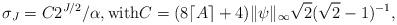
LaTeX: \begin{align*} \sigma_J = C 2^{J/2}/\alpha, \mbox{with} C = (8\lceil A\rceil+4)\|\psi\|_\infty \sqrt{2}(\sqrt{2}-1)^{-1}, \end{align*}